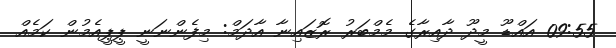
09:55 އައްޑޫ މީދޫ ދާއިރާގެ މެމްބަރު ރޮޒައިނާ އާދަމް: މިފެންނަނީ ޕީޕީއެމުން ކަމެއް